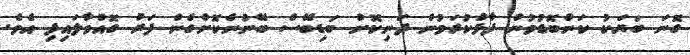
ގޮނަ ބަޔަކު ކަންބޮޑުވުން ފާޅުކުރަމުން ދަނިކޮށް ބަޑިބޭސް ބޭނުންކޮށްގެން ފަރު ގޮއްވާލައިފި އެވެ.